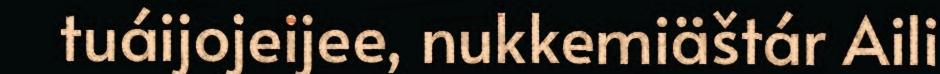
tuáijojeijee, nukkemiäštár Aili